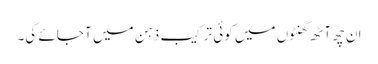
ان چھ آٹھ گھنٹوں میں کوئی ترکیب ذہن میں آ جائے گی۔